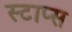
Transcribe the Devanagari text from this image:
स्टाप्स